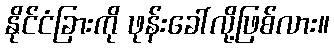
နိုင်ငံခြားကို ဖုန်းခေါ်လို့ဖြစ်လား။